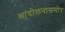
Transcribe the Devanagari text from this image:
आंदोलनासमोर